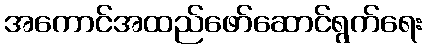
အကောင်အထည်ဖော်ဆောင်ရွက်ရေး